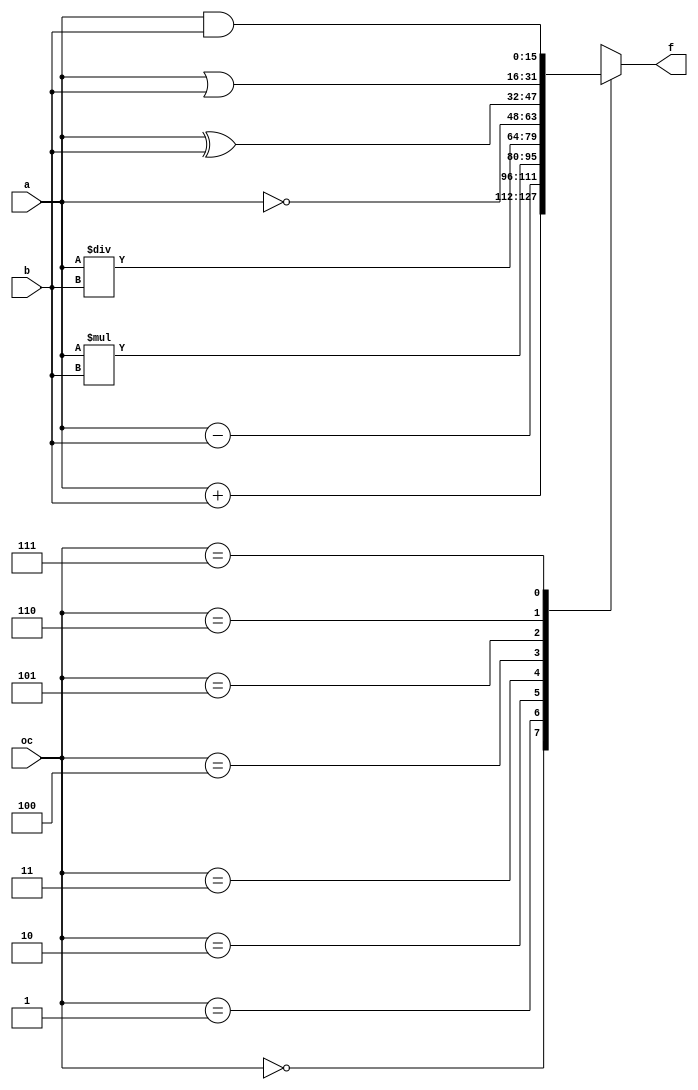
// Aritmethical Logical Unit
module alu #(
    parameter DATA_WIDTH = 16
)(
    input [2:0] oc,
    input [DATA_WIDTH-1:0] a,
    input [DATA_WIDTH-1:0] b,
    output reg [DATA_WIDTH-1:0] f
);

always @(oc, a, b) begin
    case (oc)
        // ADD
        3'b000: f = a + b;
        // SUB
        3'b001: f = a - b;
        // MUL
        3'b010: f = a * b;
        // DIV
        3'b011: f = a / b;
        // NOT
        3'b100: f = ~a;
        // XOR
        3'b101: f = a ^ b;
        // OR
        3'b110: f = a | b;
        // AND
        3'b111: f = a & b; 
    endcase
end
    

endmodule